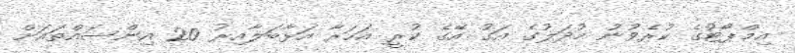
އިމްޕޯޓުގެ ކުރެވުނު މުދަލުގެ އަގު އޭގެ ކުރީ އަހަރާ އަޅާބަލާއިރު 20 އިންސައްތައަށް